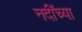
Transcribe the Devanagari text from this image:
नदींच्या